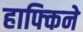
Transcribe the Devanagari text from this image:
हाफ्किने